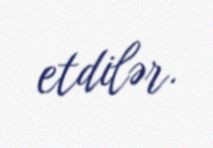
etdilər.